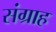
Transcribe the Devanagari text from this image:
संग्राह